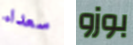
سعداء بوزو